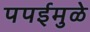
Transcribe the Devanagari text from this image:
पपईमुळे